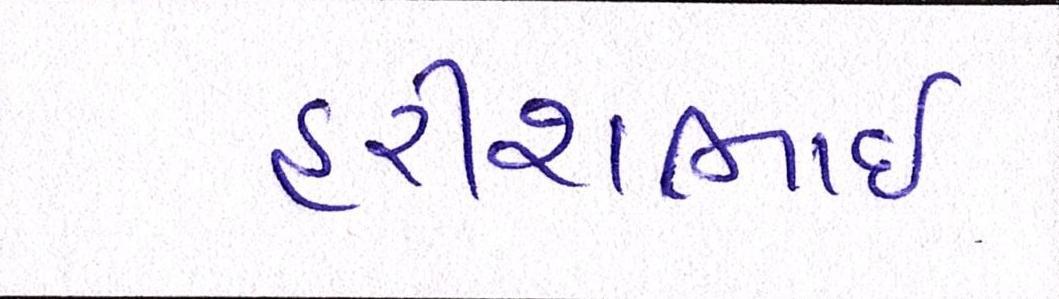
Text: હરીશભાઈ